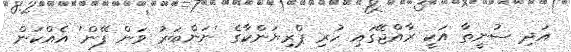
އަދި ސުނީތާ އަކީ ރާއްޖޭގައި ހުރި ޕްރިޔަންކާގެ 'ނަންބަރު ވަން ފޭން' އެއްކަން